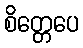
စိတ္တေပေ